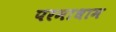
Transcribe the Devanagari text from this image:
परमाधाम